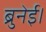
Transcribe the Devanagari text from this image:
ब्रुनेई।